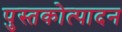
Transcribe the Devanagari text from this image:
पुस्तकोत्पादन